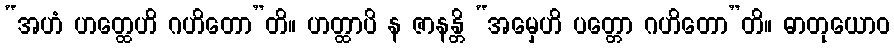
“အဟံ ဟတ္ထေဟိ ဂဟိတော”တိ။ ဟတ္ထာပိ န ဇာနန္တိ “အမှေဟိ ပတ္တော ဂဟိတော”တိ။ ဓာတုယောဝ